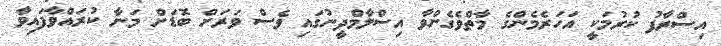
އިސްރާފު ކުރުމަކީ އަހަރެމެންގެ މާތްވެގެންވާ އިސްލާމްދީނުގައި ވެސް ވަރަށް ބޮޑަށް މަނާ ކުރައްވާފައިވާ